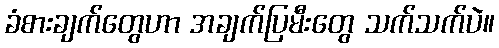
ခံစားချက်တွေဟာ အချက်ပြမီးတွေ သက်သက်ပဲ။